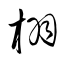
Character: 栩